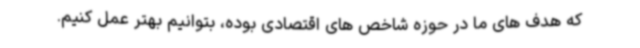
که هدف های ما در حوزه شاخص های اقتصادی بوده، بتوانیم بهتر عمل کنیم.